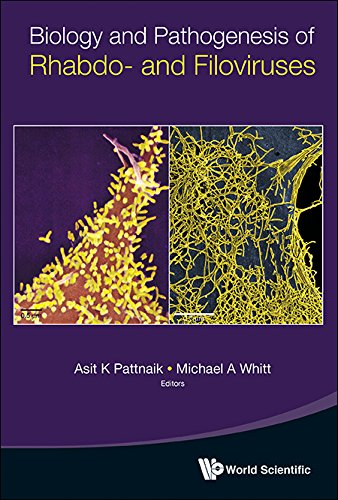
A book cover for Biology and Pathogenesis of Rhabdo- and Filoviruses; Asit K Pattnaik; Medical Books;